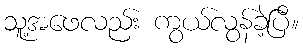
သူ့အဖေလည်း ကွယ်လွန်ခဲ့ပြီ။